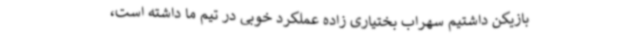
بازیکن داشتیم سهراب بختیاری زاده عملکرد خوبی در تیم ما داشته است،